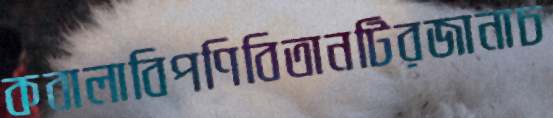
কবালাবিপণিবিতানটিরজানাচ